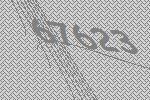
67623